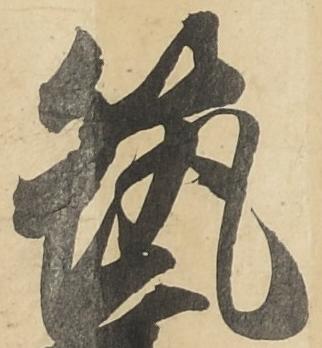
筑